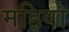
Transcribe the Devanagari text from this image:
महिषो